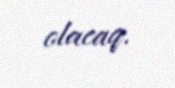
olacaq.